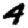
Digit: 4